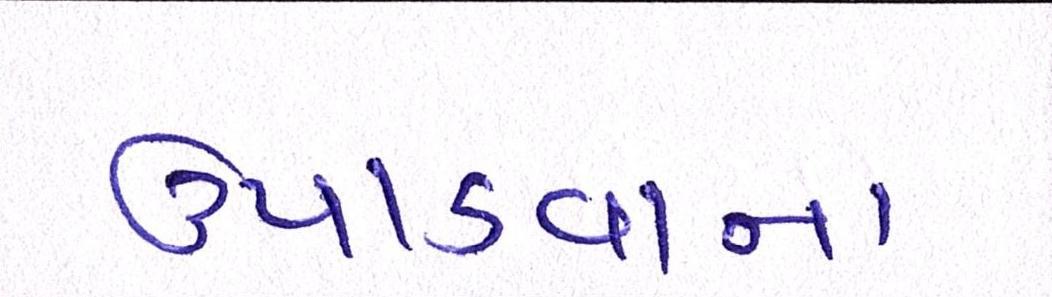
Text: ઉપાડવાના